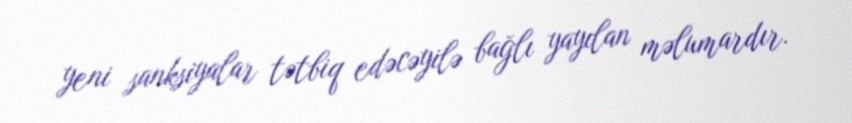
yeni sanksiyalar tətbiq edəcəyilə bağlı yayılan məlumardır.